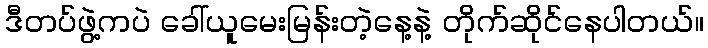
ဒီတပ်ဖွဲ့ကပဲ ခေါ်ယူမေးမြန်းတဲ့နေ့နဲ့ တိုက်ဆိုင်နေပါတယ်။